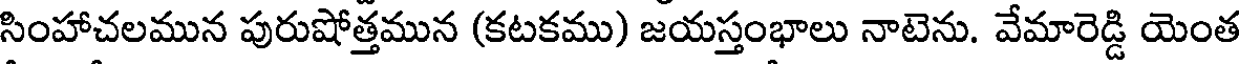
సింహాచలమున పురుషోత్తమున (కటకము) జయస్తంభాలు నాటెను. వేమారెడ్డి యెంత